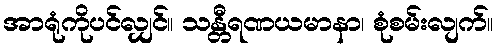
အာရုံကိုပင်လျှင်။ သန္တီရဏယမာနာ၊ စုံစမ်းလျက်။